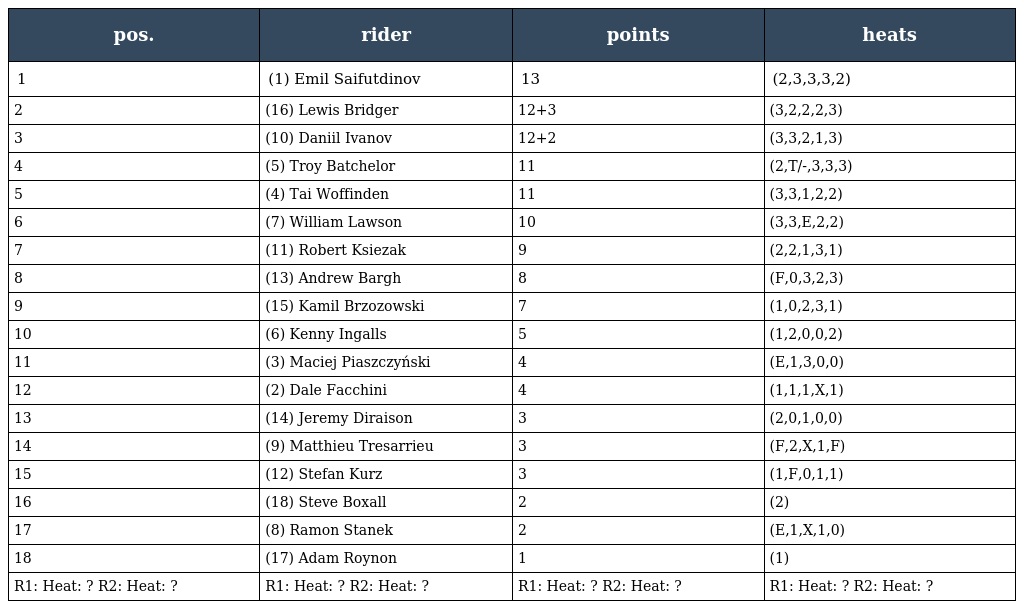
| pos. | rider | points | heats |
 | --- | --- | --- | --- |
 | 1 | (1) Emil Saifutdinov | 13 | (2,3,3,3,2) |
 | 2 | (16) Lewis Bridger | 12+3 | (3,2,2,2,3) |
 | 3 | (10) Daniil Ivanov | 12+2 | (3,3,2,1,3) |
 | 4 | (5) Troy Batchelor | 11 | (2,T/-,3,3,3) |
 | 5 | (4) Tai Woffinden | 11 | (3,3,1,2,2) |
 | 6 | (7) William Lawson | 10 | (3,3,E,2,2) |
 | 7 | (11) Robert Ksiezak | 9 | (2,2,1,3,1) |
 | 8 | (13) Andrew Bargh | 8 | (F,0,3,2,3) |
 | 9 | (15) Kamil Brzozowski | 7 | (1,0,2,3,1) |
 | 10 | (6) Kenny Ingalls | 5 | (1,2,0,0,2) |
 | 11 | (3) Maciej Piaszczyński | 4 | (E,1,3,0,0) |
 | 12 | (2) Dale Facchini | 4 | (1,1,1,X,1) |
 | 13 | (14) Jeremy Diraison | 3 | (2,0,1,0,0) |
 | 14 | (9) Matthieu Tresarrieu | 3 | (F,2,X,1,F) |
 | 15 | (12) Stefan Kurz | 3 | (1,F,0,1,1) |
 | 16 | (18) Steve Boxall | 2 | (2) |
 | 17 | (8) Ramon Stanek | 2 | (E,1,X,1,0) |
 | 18 | (17) Adam Roynon | 1 | (1) |
 | R1: Heat: ? R2: Heat: ? | R1: Heat: ? R2: Heat: ? | R1: Heat: ? R2: Heat: ? | R1: Heat: ? R2: Heat: ? |